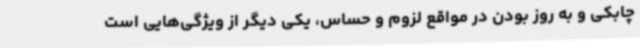
چابکی و به روز بودن در مواقع لزوم و حساس، یکی دیگر از ویژگی‌هایی است